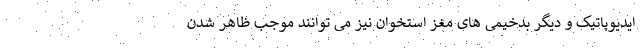
ایدیوپاتیک و دیگر بدخیمی های مغز استخوان نیز می توانند موجب ظاهر شدن